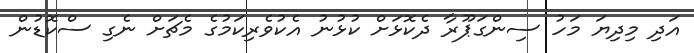
އަދި މިދިޔަ މަހު ސިންގަޕޫރާ ދެކޮޅަށް ކުޅުނު އެކުވެރިކަމުގެ މެޗަށް ނެގި ސްކޮޑުން